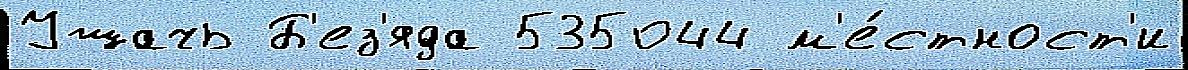
Ушачь Б'ез'яда 535044 м'е́стност'и